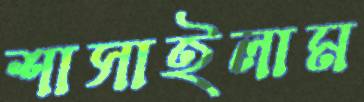
শাসাইলাম